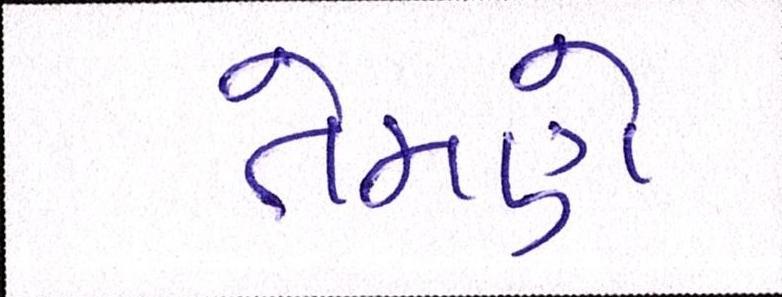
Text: તેમણે